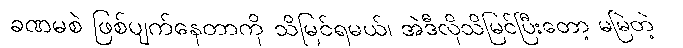
ခဏမစဲ ဖြစ်ပျက်နေတာကို သိမြင်ရမယ်၊ အဲဒီလိုသိမြင်ပြီးတော့ မမြဲတဲ့